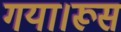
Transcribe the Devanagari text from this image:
गया।रूस